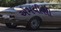
એમવીસી